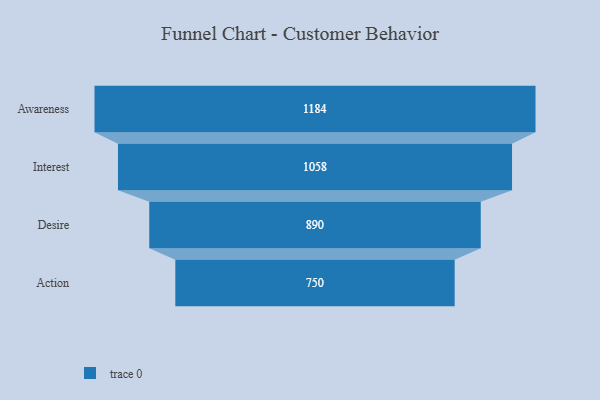
{"axis": {"x": "Stage", "y": "Value"}, "legend": [""], "data": [{"x": "Awareness", "y": 1184.0, "type": ""}, {"x": "Interest", "y": 1058.0, "type": ""}, {"x": "Desire", "y": 890.0, "type": ""}, {"x": "Action", "y": 750.0, "type": ""}]}